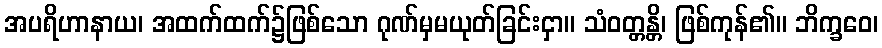
အပရိဟာနာယ၊ အထက်ထက်၌ဖြစ်သော ဂုဏ်မှမယုတ်ခြင်းငှာ။ သံဝတ္တန္တိ၊ ဖြစ်ကုန်၏။ ဘိက္ခဝေ၊